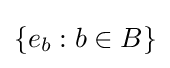
\left\{e_{b}:b\in B\right\}